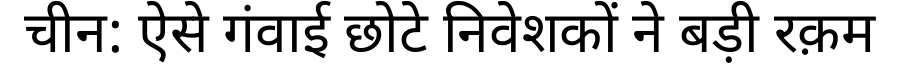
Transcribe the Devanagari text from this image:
चीन: ऐसे गंवाई छोटे निवेशकों ने बड़ी रक़म